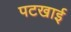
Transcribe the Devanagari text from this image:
पटखाई